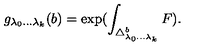
g _ { \lambda _ { 0 } . . . \lambda _ { k } } ( b ) = \exp ( \int _ { \triangle _ { \lambda _ { 0 } . . . \lambda _ { k } } ^ { b } } F ) .